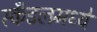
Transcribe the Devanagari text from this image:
स्कँडलमध्ये